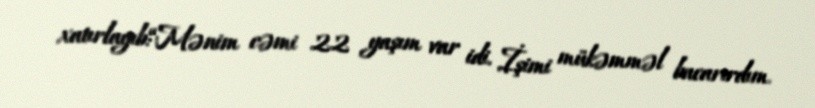
xatırlayıb:“Mənim cəmi 22 yaşım var idi. İşimi mükəmməl bacarırdım.